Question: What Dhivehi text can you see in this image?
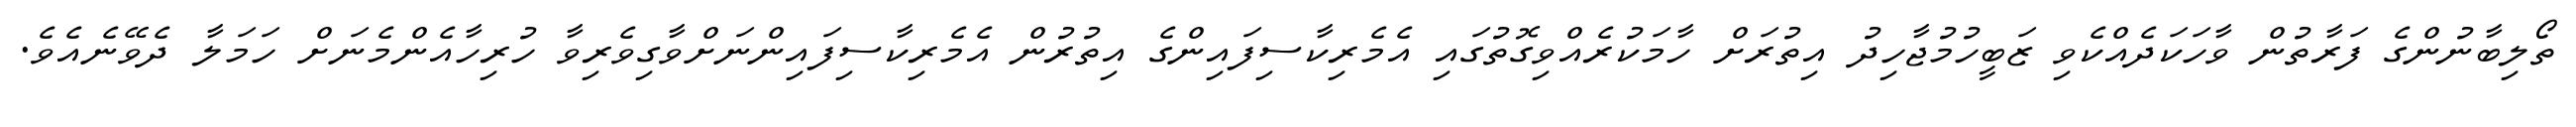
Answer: ތޯލިބާނުންގެ ފަރާތުން ވާހަކަދެއްކެވި ޒަބީހުމުޖާހިދު އިތުރަށް ހާމަކުރެއްވިގޮތުގައި އެމެރިކާސިފައިންގެ އިތުރުން އެމެރިކާސިފައިންނަށްވާގިވެރިވާ ހުރިހާއެންމެނަށް ހަމަލާ ދެވޭނެއެވެ.